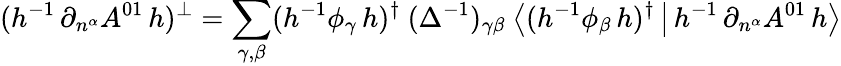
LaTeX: (h^{-1}\, \partial_{n^{\alpha}}A^{01}\, h)^{\bot}=\sum_{\gamma,\beta}(h^{-1}\phi_{\gamma}\, h)^{\dagger}\ (\Delta^{-1})_{\gamma\beta}\ \big\langle(h^{-1}\phi_{\beta}\, h)^{\dagger}\, \big|\, h^{-1}\, \partial_{n^{\alpha}}A^{01}\, h\big\rangle